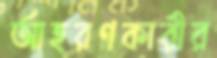
আহরণকারীর